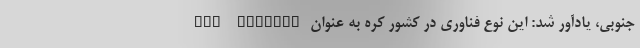
جنوبی، یادآور شد: این نوع فناوری در کشور کره به عنوان New Environ